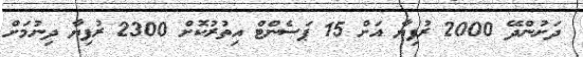
ދަށުންދޭ 2000 ރުފިޔާ އަށް 15 ޕަސެންޓް އިތުރުކޮށް 2300 ރުފިޔާ ދިނުމަށް